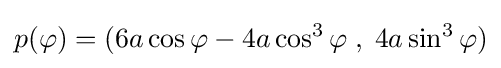
p(\varphi )=(6a\cos \varphi -4a\cos ^{3}\varphi \;,\;4a\sin ^{3}\varphi )